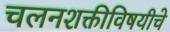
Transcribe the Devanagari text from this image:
चलनशक्तीविषयीचे